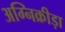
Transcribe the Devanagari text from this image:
अग्निक्रीड़ा